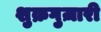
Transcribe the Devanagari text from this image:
शुक्रगुज़ारी